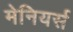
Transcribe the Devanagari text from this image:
मेनियर्स